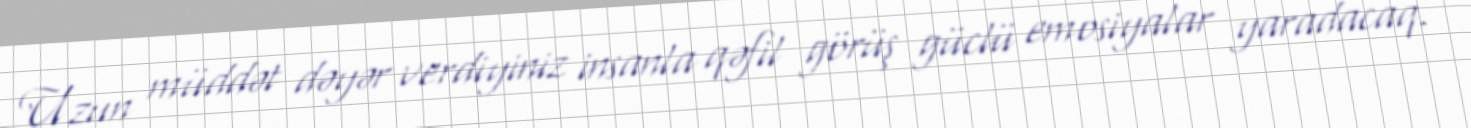
Uzun müddət dəyər verdiyiniz insanla qəfil görüş güclü emosiyalar yaradacaq.